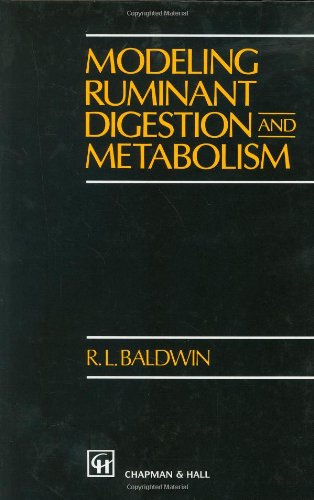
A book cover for Modeling Ruminant Digestion and Metabolism; R.L. Baldwin; Medical Books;